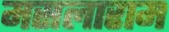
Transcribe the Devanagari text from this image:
मसलाराम